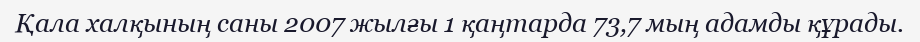
Қала халқының саны 2007 жылғы 1 қаңтарда 73,7 мың адамды құрады.